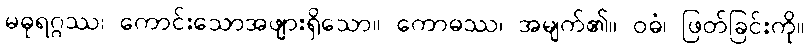
မဓုရဂ္ဂဿ၊ ကောင်းသောအဖျားရှိသော။ ကောဓဿ၊ အမျက်၏။ ဝဓံ၊ ဖြတ်ခြင်းကို။